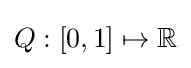
Q:[0,1]\mapsto \mathbb {R}